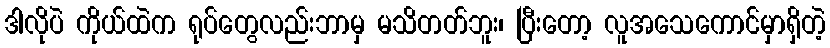
ဒါလိုပဲ ကိုယ်ထဲက ရုပ်တွေလည်းဘာမှ မသိတတ်ဘူး၊ ပြီးတော့ လူအသေကောင်မှာရှိတဲ့